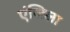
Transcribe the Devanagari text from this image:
एंजिला